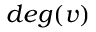
d e g ( v )